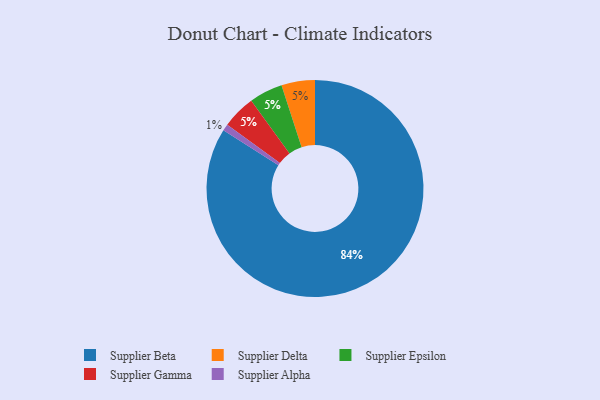
{"axis": {"x": "Category", "y": "Percentage"}, "legend": ["Supplier Alpha", "Supplier Beta", "Supplier Delta", "Supplier Epsilon", "Supplier Gamma"], "data": [{"x": "Supplier Delta", "y": 5, "type": "Supplier Delta"}, {"x": "Supplier Alpha", "y": 1, "type": "Supplier Alpha"}, {"x": "Supplier Beta", "y": 84, "type": "Supplier Beta"}, {"x": "Supplier Epsilon", "y": 5, "type": "Supplier Epsilon"}, {"x": "Supplier Gamma", "y": 5, "type": "Supplier Gamma"}]}